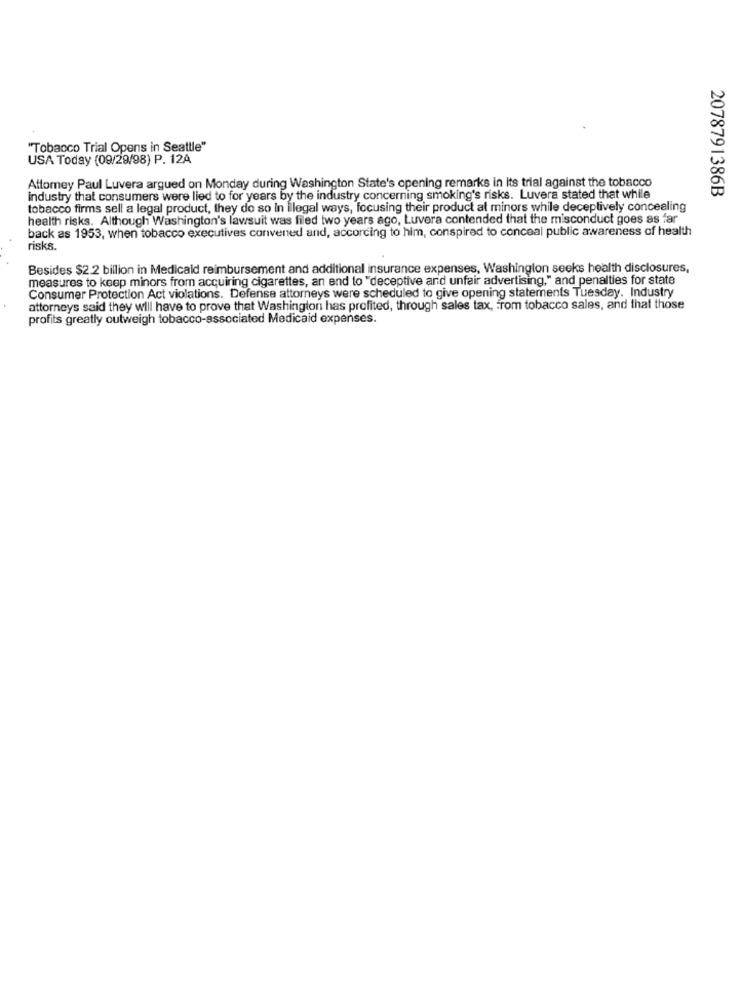
"Tobacco Trial Opens in Seattle"
USA Today (09/29/98) P. 12A
Attorney Paul Luvera argued on Monday during Washington State's opening remarks in its trial against the tobacco
2078791386B
industry that consumers were lied to for years by the industry concerning smoking's risks. Luvera stated that while
tobacco firms sell a legal product, they do so In illegal ways, focusing their product at minors while deceplively concealing
health risks. Although Washington's lawsuit was filed two years ago, Luvera contended that the misconduct goes as far
back as 1953, when tobacco executives convened and, according to him, conspired to conceal public awareness of health
risks.
Besides $2.2 billion in Medicald reimbursement and additional insurance expenses, Washington seeks health disclosures,
measures to keep minors from acquiring cigarettes, an end to "deceptive and unfair advertising," and penalties for state
Consumer Protection Act violations. Defense attorneys were scheduled to give opening statements Tuesday. Industry
attorneys said they will have to prove that Washington has profited, through sales tax, from tobacco sales, and that those
profits greatly outweigh tobacco-associated Medicaid expenses.